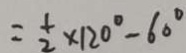
= \frac { 1 } { 2 } \times 1 2 0 ^ { \circ } - 6 0 ^ { \circ }